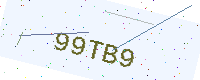
Text: 99TB9